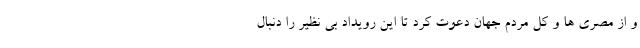
و از مصری ها و کل مردم جهان دعوت کرد تا این رویداد بی نظیر را دنبال